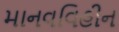
માનવવિહીન